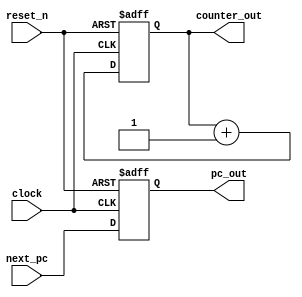
// Copyright (c) 2020, 2021 asfdrwe (asfdrwe@gmail.com)
// SPDX-License-Identifier: MIT
module PC(input wire clock, input wire reset_n,
          input wire [31:0] next_pc,
          output wire [31:0] pc_out, output wire [31:0] counter_out);
  reg [31:0] pc;
  reg [31:0] counter = 32'b0;
  assign pc_out = pc;
  assign counter_out = counter;

  // NEXT PC WRITE BACK and CYCLE COUNTER
  always @(posedge clock or negedge reset_n) begin
   if (!reset_n) begin
      pc <= 32'b0;
      counter <= 32'b0;
    end else begin
      pc <= #1 next_pc; 
      counter <= counter + 1;
    end
  end
endmodule

module INSTMEMORY(input wire clock,
                  input wire [31:0] pc, 
                  output wire [31:0] opcode_1);
  // INSTRUCTION MEMORY 64KB 
  reg [31:0] mem[0:16'h3fff]; // MEMORY 64KB
  initial $readmemh("test.hex", mem); // MEMORY INITIALIZE 
  
  assign opcode_1 = mem[pc[31:2]];
endmodule

module DECODE(input wire [31:0] opcode, 
              output wire [4:0] r_addr1, output wire [4:0] r_addr2, output wire [4:0] w_addr, output wire [31:0] imm, 
              output wire [4:0] alucon, output wire [2:0] funct3, output wire op1sel, output wire op2sel,
              output wire mem_rw, output wire rf_wen, output wire [1:0] wb_sel, output wire [1:0] pc_sel);
  wire [6:0] op;
  assign op = opcode[6:0];

  localparam [6:0] RFORMAT       = 7'b0110011;
  localparam [6:0] IFORMAT_ALU   = 7'b0010011;
  localparam [6:0] IFORMAT_LOAD  = 7'b0000011;
  localparam [6:0] SFORMAT       = 7'b0100011;
  localparam [6:0] SBFORMAT      = 7'b1100011;
  localparam [6:0] UFORMAT_LUI   = 7'b0110111;
  localparam [6:0] UFORMAT_AUIPC = 7'b0010111;
  localparam [6:0] UJFORMAT      = 7'b1101111;
  localparam [6:0] IFORMAT_JALR  = 7'b1100111;
  localparam [6:0] ECALLEBREAK   = 7'b1110011;
  localparam [6:0] FENCE         = 7'b0001111;

  assign r_addr1 = (op == UFORMAT_LUI) ? 5'b0 : opcode[19:15];
  assign r_addr2 = opcode[24:20];
  assign w_addr =  opcode[11:7];

  assign imm[31:20] = ((op == UFORMAT_LUI) || (op == UFORMAT_AUIPC)) ? opcode[31:20] : {12{opcode[31]}};
  assign imm[19:12] = ((op == UFORMAT_LUI) || (op == UFORMAT_AUIPC) || (op == UJFORMAT)) ? opcode[19:12] :  {8{opcode[31]}};
  assign imm[11] = (op == SBFORMAT) ? opcode[7] :
                   ((op == UFORMAT_LUI) || (op == UFORMAT_AUIPC)) ? 1'b0 :
                   (op == UJFORMAT) ? opcode[20] : 
                                      opcode[31];
  assign imm[10:5] = ((op == UFORMAT_LUI) || (op == UFORMAT_AUIPC)) ? 6'b0 : opcode[30:25];
  assign imm[4:1] = ((op == IFORMAT_ALU) || (op == IFORMAT_LOAD) || (op == IFORMAT_JALR) || (op == UJFORMAT)) ? opcode[24:21] :
		    ((op == SFORMAT) || (op == SBFORMAT)) ? opcode[11:8] : 
		                                            4'b0;
  assign imm[0] = ((op == IFORMAT_ALU) || (op == IFORMAT_LOAD) || (op == IFORMAT_JALR)) ? opcode[20] :
		  (op == SFORMAT) ? opcode[7] : 
		                    1'b0;
  assign alucon = (op == RFORMAT) ? {opcode[30], opcode[25], opcode[14:12]} :
                  ((op == IFORMAT_ALU) && (opcode[14:12] == 3'b101)) ? {opcode[30], opcode[25], opcode[14:12]} : // SRLI or SRAI
                  (op == IFORMAT_ALU) ? {2'b00, opcode[14:12]} : 5'b0;
  assign funct3 = opcode[14:12];
  assign op1sel = ((op == SBFORMAT) || (op == UFORMAT_AUIPC) || (op == UJFORMAT)) ? 1'b1 : 1'b0;
  assign op2sel = (op == RFORMAT) ? 1'b0 : 1'b1;
  assign mem_rw = (op == SFORMAT) ? 1'b1 : 1'b0;
  assign wb_sel = (op == IFORMAT_LOAD) ? 2'b01 :
                  ((op == UJFORMAT) || (op == IFORMAT_JALR)) ? 2'b10 : 
                                                               2'b00;
  wire isShift;
  assign isShift = ({opcode[31:25], opcode[14:12]} == 10'b00000_00_001) || ({opcode[31], opcode[29:25], opcode[14:12]} == 9'b0_000_00_101);
  wire isALUIOP;
  assign isALUIOP = (opcode[14:12] == 3'b000) || (opcode[14:12] == 3'b010) || (opcode[14:12] == 3'b011) || (opcode[14:12] == 3'b100) || (opcode[14:12] == 3'b110) || (opcode[14:12] == 3'b111);
  assign rf_wen = (((op == RFORMAT) && ({opcode[31], opcode[29:26]} == 5'b00000)) ||
                   ((op == IFORMAT_ALU) && (isShift || isALUIOP)) ||
                    (op == IFORMAT_LOAD) || (op == UFORMAT_LUI) || (op == UFORMAT_AUIPC) || (op == UJFORMAT) || (op == IFORMAT_JALR)) ? 1'b1 : 
                                                                                                                                        1'b0;
  assign pc_sel = (op == SBFORMAT) ? 2'b01 :
                  ((op == UJFORMAT) || (op == IFORMAT_JALR) || (op == ECALLEBREAK)) ? 2'b10 : 
                                                                                      2'b00;
endmodule

module REGISTER(input wire clock,
                input wire rf_wen_1, input wire [4:0] w_addr_1, input wire [4:0] r_addr1_1, input wire [4:0] r_addr2_1,
                input wire [31:0] w_data_1, 
                output wire [31:0] r_data1_1, output wire [31:0] r_data2_1);
  // REGISTER 32bit x 32
  reg [31:0] regs[0:31];

  // REGISTER READ 1             
  assign r_data1_1 = (r_addr1_1 == 5'b00000) ? 32'b0 : regs[r_addr1_1]; 
  assign r_data2_1 = (r_addr2_1 == 5'b00000) ? 32'b0 : regs[r_addr2_1]; 

  always @(posedge clock) begin
    if (rf_wen_1 && (w_addr_1 != 5'b00000))
      regs[w_addr_1] <= #1 w_data_1;
  end
endmodule

module ALU(input wire [4:0] alucon, input wire op1sel, input wire op2sel, 
           input wire [31:0] r_data1, input wire [31:0] pc, input wire [31:0] r_data2, input wire [31:0] imm,
           output wire [31:0] alu_data);
  // SELECTOR  
  wire [31:0] s_data1, s_data2;
  assign s_data1 = (op1sel == 1'b1) ? pc : r_data1;
  assign s_data2 = (op2sel == 1'b1) ? imm : r_data2;

  reg [63:0] tmpalu;

  function [31:0] ALU_EXEC(input [4:0] control, input [31:0] data1, input [31:0] data2);
    case(control)
    5'b00000: // ADD ADDI (ADD)
      ALU_EXEC = data1 + data2;
    5'b10000: // SUB (SUB)
      ALU_EXEC = data1 - data2;
    5'b00001: // SLL SLLI (SHIFT LEFT (LOGICAL))
      ALU_EXEC = data1 << data2[4:0];
    5'b00010: // SLT SLTI (SET_ON_LESS_THAN (SIGNED))
      ALU_EXEC = ($signed(data1) < $signed(data2)) ? 32'b1 :32'b0;
    5'b00011: // SLTU SLTUI (SET_ON_LESS_THAN (UNSIGNED))
      ALU_EXEC = (data1 < data2) ? 32'b1 :32'b0;
    5'b00100: // XOR XORI (XOR)
      ALU_EXEC = data1 ^ data2;
    5'b00101: // SRL SRLI (SHIFT RIGHT (LOGICAL))
      ALU_EXEC = data1 >> data2[4:0];
    5'b10101: // SRA SRAI (SHIFT RIGHT (ARITHMETIC))
      ALU_EXEC = $signed(data1[31:0]) >>> data2[4:0];
    5'b00110: // OR ORI (OR)
      ALU_EXEC = data1 | data2;
    5'b00111: // AND ANDI (AND)
      ALU_EXEC = data1 & data2;
    5'b01000: // MUL (MULTIPLE)
      ALU_EXEC = data1 * data2;
    5'b01001: begin // MULH (MULTIPLE)
      tmpalu = $signed(data1) * $signed(data2);
      ALU_EXEC = $signed(tmpalu) >>> 32;
    end
    5'b01010: begin // MULHSU (MULTIPLE)
      tmpalu = $signed(data1) * $signed({1'b0, data2});
      ALU_EXEC = tmpalu >> 32;
    end
    5'b01011: begin // MULHU (MULTIPLE)
      tmpalu = data1 * data2;
      ALU_EXEC = tmpalu >> 32;
    end
    5'b01100: // DIV (DIVIDE)
      ALU_EXEC = (data2 == 32'b0) ? 32'hffff_ffff : 
                 ((data1 == 32'h8000_0000) && (data2 == 32'hffff_ffff)) ? 32'h8000_0000 : 
                                                                          $signed($signed(data1) / $signed(data2));
    5'b01101: // DIVU (DIVIDE)
      ALU_EXEC = (data2 == 32'b0) ? 32'hffff_ffff : (data1 / data2);
    5'b01110: // REM (DIVIDE REMINDER)
      ALU_EXEC = (data2 == 32'b0) ? data1 : 
                 ((data1 == 32'h8000_0000) && (data2 == 32'hffff_ffff)) ? 32'h0 : 
                                                                          $signed($signed(data1) % $signed(data2));
    5'b01111: // REMU (DIVIDE REMINDER)
      ALU_EXEC = (data2 == 32'b0) ? data1 : (data1 % data2);
    default: // ILLEGAL
      ALU_EXEC = 32'b0;
    endcase
  endfunction
  
  assign alu_data = ALU_EXEC(alucon, s_data1, s_data2);
endmodule

module BRANCH(input wire [2:0] funct3, input [1:0] pc_sel,
           input wire [31:0] r_data1, input wire [31:0] r_data2, 
           output wire pc_sel2);
  function BRANCH_EXEC( input [2:0] branch_op, input [31:0] data1, input [31:0] data2, input [1:0] pc_sel);
    case(pc_sel)
    2'b00: // PC + 4
      BRANCH_EXEC = 1'b0;
    2'b01: begin // BRANCH
      case(branch_op)
      3'b000: // BEQ
        BRANCH_EXEC = (data1 == data2) ? 1'b1 : 1'b0;
      3'b001: // BNE
        BRANCH_EXEC = (data1 != data2) ? 1'b1 : 1'b0;
      3'b100: // BLT
        BRANCH_EXEC = ($signed(data1) < $signed(data2)) ? 1'b1 : 1'b0;
      3'b101: // BGE
        BRANCH_EXEC = ($signed(data1) >= $signed(data2)) ? 1'b1 : 1'b0;
      3'b110: // BLTU
        BRANCH_EXEC = (data1 < data2) ? 1'b1 : 1'b0;
      3'b111: // BGEU
        BRANCH_EXEC = (data1 >= data2) ? 1'b1 : 1'b0;
      default: // ILLEGAL
        BRANCH_EXEC = 1'b0;
      endcase
    end 
    2'b10: // JAL JALR
      BRANCH_EXEC = 1'b1;
    default: // ILLEGAL
      BRANCH_EXEC = 1'b0;
    endcase
  endfunction

  assign pc_sel2 = BRANCH_EXEC(funct3, r_data1, r_data2, pc_sel); 
endmodule

module DATAMEMORY(input clock,
              input wire mem_rw, input wire [2:0] mem_val, input wire [31:0] mem_addr, input wire [31:0] store_data,
              input wire [31:0] counter, output wire [8:0] uart_out,
              output wire [31:0] read_data);

  localparam [31:0] UART_MMIO_ADDR = 32'h0000_fff0; // ADDRESS 0xfff0 for UART DATA
  localparam [31:0] UART_MMIO_FLAG = 32'h0000_fff1; // ADDRESS 0xfff1 for UART FLAG
  localparam [31:0] COUNTER_MMIO_ADDR = 32'h0000_fff4; // ADDRESS 0xfff4 for COUNTER_MMIO_ADDR
  
  // UART
  reg [8:0] uart = 9'b0; // uart[8] for output sign, uart[7:0] for data1
  assign uart_out = uart;

  // DATA MEMORY 64KB 
  reg [31:0] mem[0:16'h3fff]; // MEMORY 64KB
  initial $readmemh("test.hex", mem); // MEMORY INITIALIZE 
  
  // MEMORY READ
  assign read_data = (mem_rw == 1'b1) ? 32'b0 : // when MEMORY WRITE, the output from MEMORY is 32'b0
		     ((mem_val == 3'b010) && (mem_addr == COUNTER_MMIO_ADDR)) ? counter : // MEMORY MAPPED IO for CLOCK CYCLE COUNTER
		     ((mem_val[1:0] == 2'b00) && (mem_addr == UART_MMIO_FLAG)) ? 8'b1 : // MEMORY MAPPED IO for UART FLAG(always enabled(8'b1))
                     ((mem_val == 3'b000) && (mem_addr[1:0] == 2'b00)) ? {{24{mem[mem_addr[31:2]][7]}},  mem[mem_addr[31:2]][7:0]} :  // LB
                     ((mem_val == 3'b000) && (mem_addr[1:0] == 2'b01)) ? {{24{mem[mem_addr[31:2]][15]}}, mem[mem_addr[31:2]][15:8]} : // LB
                     ((mem_val == 3'b000) && (mem_addr[1:0] == 2'b10)) ? {{24{mem[mem_addr[31:2]][23]}}, mem[mem_addr[31:2]][23:16]} : // LB
                     ((mem_val == 3'b000) && (mem_addr[1:0] == 2'b11)) ? {{24{mem[mem_addr[31:2]][31]}}, mem[mem_addr[31:2]][31:24]} : // LB
                     ((mem_val == 3'b001) && (mem_addr[1:0] == 2'b00)) ? {{16{mem[mem_addr[31:2]][15]}}, mem[mem_addr[31:2]][15:0]}  : // LH
                     ((mem_val == 3'b001) && (mem_addr[1:0] == 2'b10)) ? {{16{mem[mem_addr[31:2]][31]}}, mem[mem_addr[31:2]][31:16]} : // LH
                     ((mem_val == 3'b010) && (mem_addr[1:0] == 2'b00)) ? mem[mem_addr[31:2]] : // LW
                     ((mem_val == 3'b100) && (mem_addr[1:0] == 2'b00)) ? {24'h000000, mem[mem_addr[31:2]][7:0]} :  // LBU
                     ((mem_val == 3'b100) && (mem_addr[1:0] == 2'b01)) ? {24'h000000, mem[mem_addr[31:2]][15:8]} : // LBU
                     ((mem_val == 3'b100) && (mem_addr[1:0] == 2'b10)) ? {24'h000000, mem[mem_addr[31:2]][23:16]} : // LBU
                     ((mem_val == 3'b100) && (mem_addr[1:0] == 2'b11)) ? {24'h000000, mem[mem_addr[31:2]][31:24]} : // LBU
                     ((mem_val == 3'b101) && (mem_addr[1:0] == 2'b00)) ? {16'h0000, mem[mem_addr[31:2]][15:0]}  : // LHU
                     ((mem_val == 3'b101) && (mem_addr[1:0] == 2'b10)) ? {16'h0000, mem[mem_addr[31:2]][31:16]} : // LHU
                                                                        32'b0;
  // MEMORY WRITE
  always @(posedge clock) begin
    if (mem_rw == 1'b1) begin
      case (mem_val)
        3'b000: begin // SB
          case (mem_addr[1:0]) 
            2'b00: 
              mem[mem_addr[31:2]][7:0] <= #1 store_data[7:0];
            2'b01: 
              mem[mem_addr[31:2]][15:8] <= #1 store_data[7:0];
            2'b10: 
              mem[mem_addr[31:2]][23:16] <= #1 store_data[7:0];
            2'b11: 
              mem[mem_addr[31:2]][31:24] <= #1 store_data[7:0];
          endcase
        end
        3'b001: begin // SH
          case (mem_addr[1:0]) 
            2'b00: 
              mem[mem_addr[31:2]][15:0] <= #1 store_data[15:0];
            2'b10: 
              mem[mem_addr[31:2]][31:16] <= #1 store_data[15:0];
            default: begin end // misaligned
          endcase
        end
        3'b010: // SW
          if (mem_addr[1:0] == 2'b00)
            mem[mem_addr[31:2]] <= #1 store_data;
          else begin end // misaligned
        default: begin end // ILLEGAL
      endcase
    end
    // MEMORY MAPPED IO to UART
    if ((mem_rw == 1'b1) && (mem_addr == UART_MMIO_ADDR)) begin
      uart <= #1 {1'b1, store_data[7:0]};
    end else begin
      uart <= #1 9'b0;
    end
  end
endmodule

module RV32IM(input wire clock, input wire reset_n, 
              output wire [31:0] pc_out, output wire [31:0] op_out, output wire [31:0] alu_out, output wire [8:0] uart_out);
  // PROGRAM COUNTER & CYCLE COUNTER
  wire [31:0] pc, next_pc;
  wire [31:0] counter;
  PC pc1(clock, reset_n, next_pc, pc, counter);
  assign pc_out = pc; // for DEBUG

  // UART OUTPUT
  wire [8:0] uart;
  assign uart_out = uart;
 
  // FETCH
  wire [31:0] opcode_1;
  INSTMEMORY imem(clock, pc, opcode_1);

  assign op_out = opcode_1; // for DEBUG

  // DECODE
  wire [4:0] r_addr1_1, r_addr2_1, w_addr_1;
  wire [31:0] imm_1;
  wire [4:0] alucon_1;
  wire [2:0] funct3_1;
  wire op1sel_1, op2sel_1, mem_rw_1, rf_wen_1;
  wire [1:0] wb_sel_1, pc_sel_1;

  wire [31:0] pc_1;
  assign pc_1 = pc;
  
  DECODE dec1(opcode_1, r_addr1_1, r_addr2_1, w_addr_1, imm_1, alucon_1, funct3_1, op1sel_1, op2sel_1, mem_rw_1, rf_wen_1, wb_sel_1, pc_sel_1);
  
  // EXECUTION
  
  // REGISTER
  wire [31:0] w_data_1, r_data1_1, r_data2_1;  
  REGISTER regs(clock, rf_wen_1, w_addr_1, r_addr1_1, r_addr2_1, w_data_1, r_data1_1, r_data2_1);
  
  // ALU
  wire [31:0] alu_data_1;
  ALU alu1(alucon_1, op1sel_1, op2sel_1, r_data1_1, pc_1, r_data2_1, imm_1, alu_data_1);

  assign alu_out = alu_data_1; // for DEBUG
  
  // BRANCH
  wire pc_sel2_1;
  BRANCH branch1(funct3_1, pc_sel_1, r_data1_1, r_data2_1, pc_sel2_1);
  
  // MEMORY 
  wire [31:0] mem_data_1;            
  DATAMEMORY mem1(clock, mem_rw_1, funct3_1, alu_data_1, r_data2_1, counter, uart, mem_data_1);

  // REGISTER WRITE BACK
  assign w_data_1 = (wb_sel_1 == 2'b00) ? alu_data_1 : 
                    (wb_sel_1 == 2'b01) ? mem_data_1 :
                    (wb_sel_1 == 2'b10) ? pc_1 + 4 : 
                                          32'b0; // ILLEGAL

  // NEXT PC
  assign next_pc = pc_sel2_1 ? {alu_data_1[31:1], 1'b0} : pc_1 + 4; 
endmodule